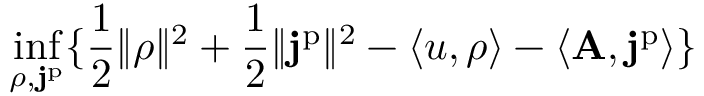
\operatorname* { i n f } _ { \rho , \mathbf { j } ^ { \mathrm { p } } } \{ \frac { 1 } { 2 } \| \rho \| ^ { 2 } + \frac { 1 } { 2 } \| \mathbf { j } ^ { \mathrm { p } } \| ^ { 2 } - \langle u , \rho \rangle - \langle \mathbf { A } , \mathbf { j } ^ { \mathrm { p } } \rangle \}